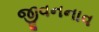
જીવનનાવ